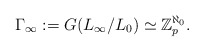
\begin{align*}\Gamma_\infty:=G(L_\infty/L_0)\simeq \Bbb Z_p^{\aleph_0}.\end{align*}